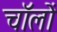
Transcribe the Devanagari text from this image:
चॉलों